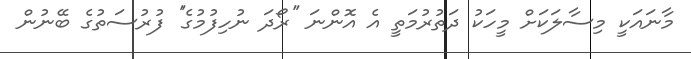
މާނައަކީ މިސާލަކަށް މީހަކު ދަތުރުމަތީ އެ އޮންނަ ''ރޯދަ ނުހިފުމުގެ'' ފުރުސަތުގެ ބޭނުން